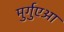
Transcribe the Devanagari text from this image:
मुर्गुएआ